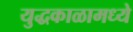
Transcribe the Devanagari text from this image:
युद्धकाळामध्ये